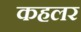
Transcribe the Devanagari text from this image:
कहलर